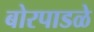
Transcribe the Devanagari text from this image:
बोरपाडळे